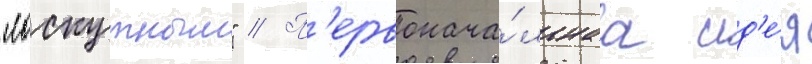
"лоскутным" // П'ервонача́льнаа ид'е́я